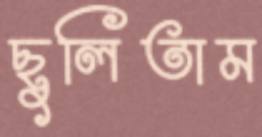
ছুলিতাম